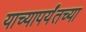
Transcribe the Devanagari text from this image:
याच्यापर्यंतच्या